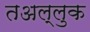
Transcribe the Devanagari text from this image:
तअल्लुक